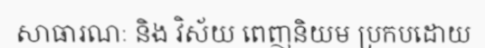
សាធារណៈ និង វិស័យ ពេញនិយម ប្រកបដោយ